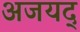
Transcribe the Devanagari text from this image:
अजयद्